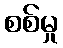
စစ်မှု